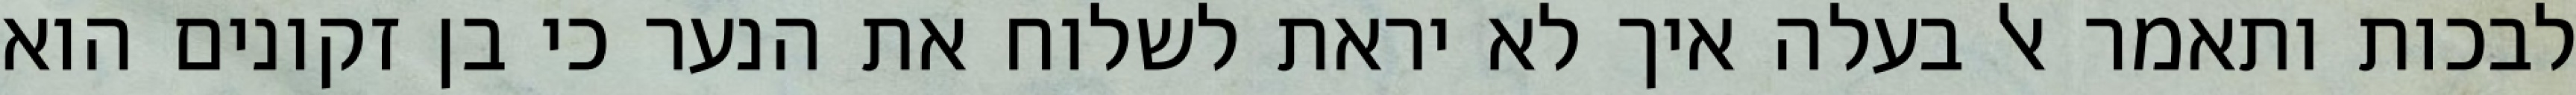
לבכות ותאמר אל בעלה איך לא יראת לשלוח את הנער כי בן זקונים הוא